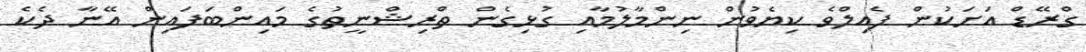
ގްރޭޑް އަށަކުން ފެއިލްވެ ކިޔެވުން ނިންމާލުމާއި ގުޅިގެން ތްރިޝްނީތުގެ މައިންބަފައިން އޭނާ ދެކެ